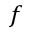
\boldsymbol { f }